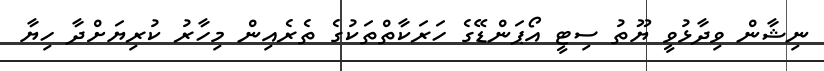
ނިޝާން ވިދާޅުވީ ޔޫތު ސިޓީ އޯޕަންޑޭގެ ހަރަކާތްތަކުގެ ތެރެއިން މިހާރު ކުރިޔަށްދާ ހިޔާ